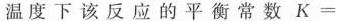
温度下该反应的平衡常数K=